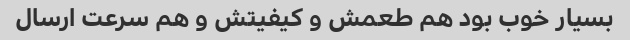
بسیار خوب بود هم طعمش و کیفیتش و هم سرعت ارسال